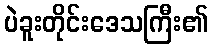
ပဲခူးတိုင်းဒေသကြီး၏